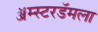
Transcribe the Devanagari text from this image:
ॲम्स्टरडॅमला